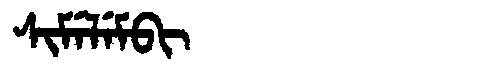
Manchu: ᠰᡳᠮᡝᠯᡝᠮᠪᡳ
Romanization: SIMELEMBI